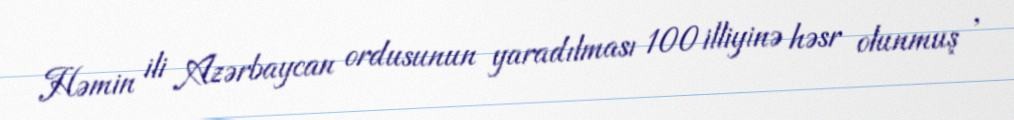
Həmin ili Azərbaycan ordusunun yaradılması 100 illiyinə həsr olunmuş '